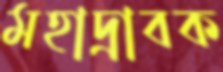
মহাদ্রাবক